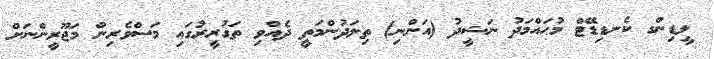
ލީޑިންގ ކެނޑިޑޭޓް މުޙައްމަދު ނަޝީދު (އަންނި) ތިލަދުންމަތީ ދެއްވި ތަގުރީރުގައި މަސްވެރިން މަޖޫރީންނަށް